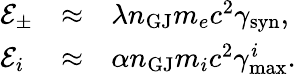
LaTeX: \begin{array}{lcl}{\mathcal{E}_{\pm}}&{\approx}&{\lambda n_{\mathrm{GJ}}m_{e}c^{2}\gamma_{\mathrm{syn}},}\\ {\mathcal{E}_{i}}&{\approx}&{\alpha n_{\mathrm{GJ}}m_{i}c^{2}\gamma_{\mathrm{max}}^{i}.}\end{array}